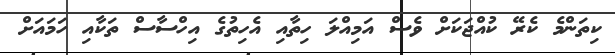
ކިތަންމެ ކެރޭ ކުއްޖަކަށް ވެސް އަމިއްލަ ހިތާއި އެހިތުގެ އިހްސާސް ތަކާއި ހަމައަށް